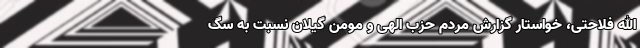
الله فلاحتی، خواستار گزارش مردم حزب الهی و مومن گیلان نسبت به سگ